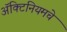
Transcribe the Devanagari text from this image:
ॲक्टिनियमचे